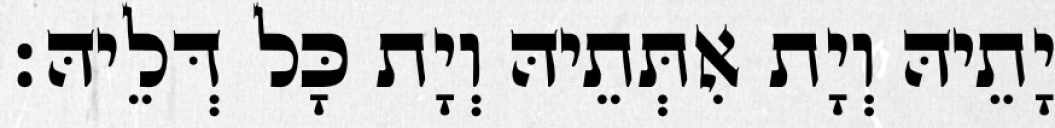
יָתֵיהּ וְיָת אִתְּתֵיהּ וְיָת כָּל דְּלֵיהּ׃